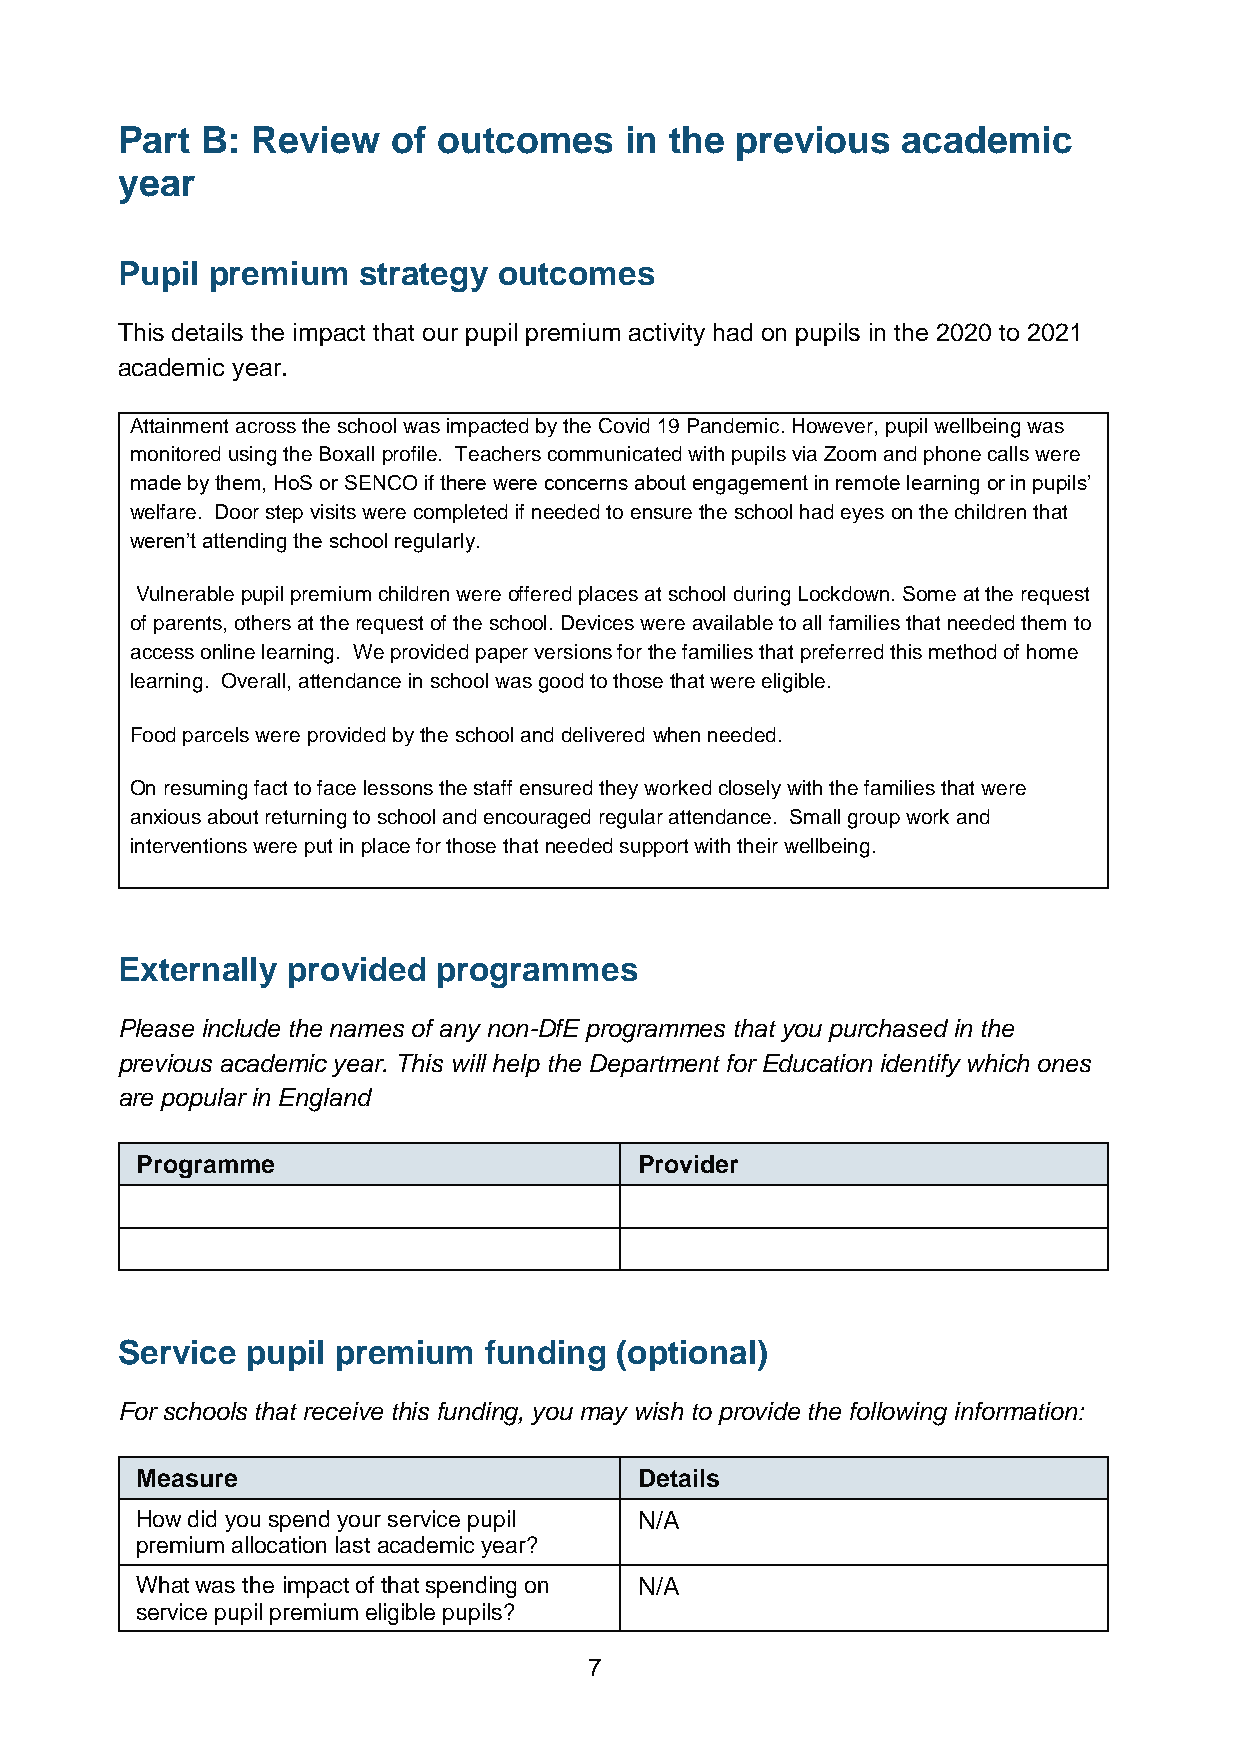
Part B:  Review   of outcomes    in the  previous   academic
 year
 Pupil premium   strategy outcomes
 This details the impact that our pupil premium activity had on pupils in the 2020 to 2021
 academic year.
 Attainment across the school was impacted by the Covid 19 Pandemic. However, pupil wellbeing was
 monitored using the Boxall profile. Teachers communicated with pupils via Zoom and phone calls were
 made by them, HoS or SENCO if there were concerns about engagement in remote learning or in pupils’
 welfare. Door step visits were completed if needed to ensure the school had eyes on the children that
 weren’t attending the school regularly.
 Vulnerable pupil premium children were offered places at school during Lockdown. Some at the request
 of parents, others at the request of the school. Devices were available to all families that needed them to
 access online learning. We provided paper versions for the families that preferred this method of home
 learning. Overall, attendance in school was good to those that were eligible.
 Food parcels were provided by the school and delivered when needed.
 On resuming fact to face lessons the staff ensured they worked closely with the families that were
 anxious about returning to school and encouraged regular attendance. Small group work and
 interventions were put in place for those that needed support with their wellbeing.
 Externally provided  programmes
 Please include the names of any non-DfE programmes that you purchased in the
 previous academic year. This will help the Department for Education identify which ones
 are popular in England
 Programme                        Provider
 Service pupil premium   funding  (optional)
 For schools that receive this funding, you may wish to provide the following information:
 Measure                          Details
 How did you spend your service pupil N/A
 premium allocation last academic year?
 What was the impact of that spending on N/A
 service pupil premium eligible pupils?
 7